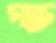
গছে